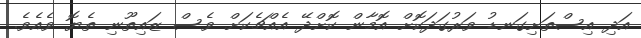
އަދި އިސްތަށިގަނޑު ވަރުގަދަކޮށް އޮމާން ކޮށްދޭ އެއްޗެކަށް ވެސް ޒައިތޫނި ތެޔޮ ވެއެވެ.